Annual vaccination report of Bihar and Orissa - 1911-1928
Year: 1911
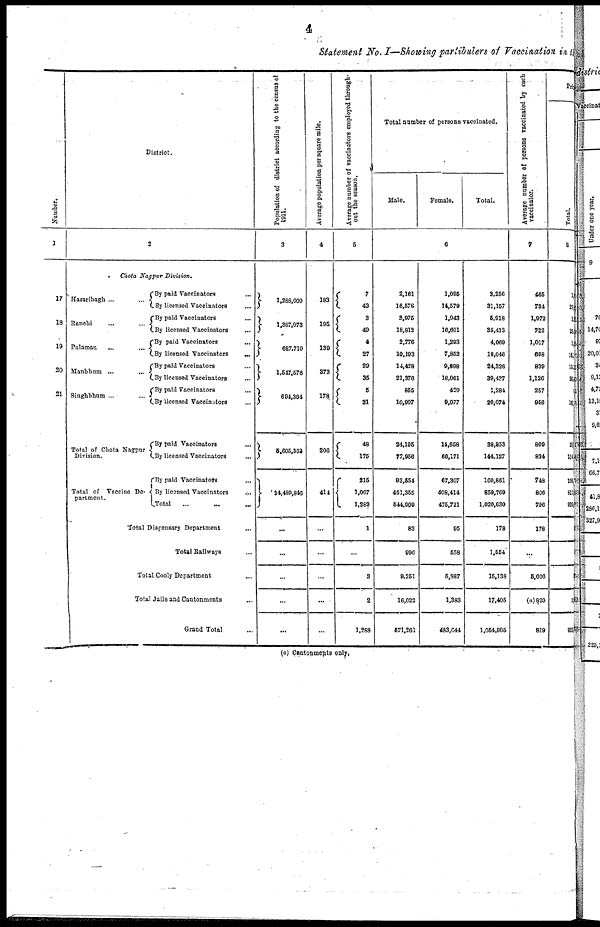
4
Statement No. I—Showing partibulers of Vaccination in the
Number.
1
17
18
19
20
21
District.
2
Chota Nagpur Division.
Hazaribagh
...
...
Ranchi
...
...
Palamau
...
...
Manbhum
...
...
Singhbhum ... ...
Total of Chota Nagpur
Division.
Total of Vaccine De -
partment.
By paid Vaccinators ...
By licensed Vaccinators ...
By paid Vaccinators
...
By licensed Vaccinators
...
By paid Vaccinators ...
By licensed Vaccinators
...
By paid Vaccinators ...
By licensed Vaccinators ...
By paid Vaccinators
...
By licensed Vaccinators ...
By paid Vaccinators ...
By licensed Vaccinators ...
By paid Vaccinators ...
By licensed Vaccinators
...
Total
...
...
...
Total Dispensary Department
...
Total Railways ...
Total Cooly Department ...
Total Jails and Cantonments ...
Grand Total ...
Population of district according to the census of
1911.
3
1,288,609
1,387,073
687,710
1,547,576
694,394
5,605,362
34,489,846
...
...
...
...
...
Average population per square mile.
4
183
195
139
373
178
206
414
...
...
...
...
...
Average number of vaccinators employed through-
out the season.
5
7
43
3
49
4
27
29
35
5
21
48
175
215
1,067
1,282
1
...
3
2
1,288
Total number of persons vaccinated.
Male.
Female.
Total.
6
2,161
16,578
3,975
18,812
2,776
10,193
14,428
21,376
855
10,997
24,195
77,956
93,554
451,355
544,909
83
996
9,251
16,022
571,261
1,095
14,579
1,943
16,601
1,293
7,853
9,898
18,061
429
9,077
14,658
66,171
67,307
408,414
475,721
95
558
5,887
1,383
483,044
3,256
31,157
5,918
35,413
4,069
18,046
24,326
39,437
1,284
20,074
38,853
144,127
160,861
859,769
1,020,630
178
1,554
15,138
17,405
1,054,905
Average number of persons vaccinated by each
vaccinator.
7
465
734
1,972
722
1,017
668
839
1,126
257
956
809
824
748
806
796
178
...
5,016
(a) 8,20
819
Pri
Total.
8
1
22
1
28
1
16,
15,
20,
1
14
21
114
108
811
920
925
(a) Cantonments only.